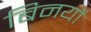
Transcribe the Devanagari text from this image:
बिनयों